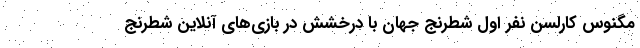
مگنوس کارلسن نفر اول شطرنج جهان با درخشش در بازی‌های آنلاین شطرنج